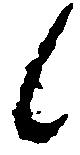
候